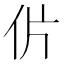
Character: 𰁨